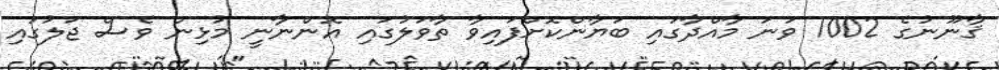
ޤާނޫނުގެ 1002 ވަނަ މާއްދާގައި ބަޔާންކޮށްފައިވާ ތާވަލުގައި އޮންނާނީ މުޅިން ވެސް ޖަލުގައި